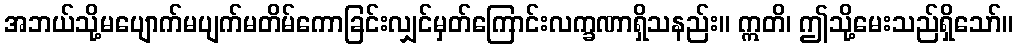
အဘယ်သို့မပျောက်မပျက်မတိမ်ကောခြင်းလျှင်မှတ်ကြောင်းလက္ခဏာရှိသနည်း။ ဣတိ၊ ဤသို့မေးသည်ရှိသော်။